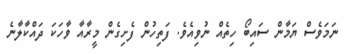
ނަމަވެސް ޔަމާން ސައިބޯ ހިތެއް ނުވިއެވެ. ފަތިހުން ފެށިގެން މީރާއާ ވާހަކަ ދައްކާލާނެ